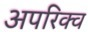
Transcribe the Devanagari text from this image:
अपरिक्व